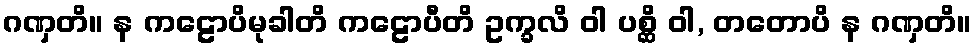
ဂဏှတိ။ န ကဠောပိမုခါတိ ကဠောပီတိ ဥက္ခလိ ဝါ ပစ္ဆိ ဝါ, တတောပိ န ဂဏှတိ။